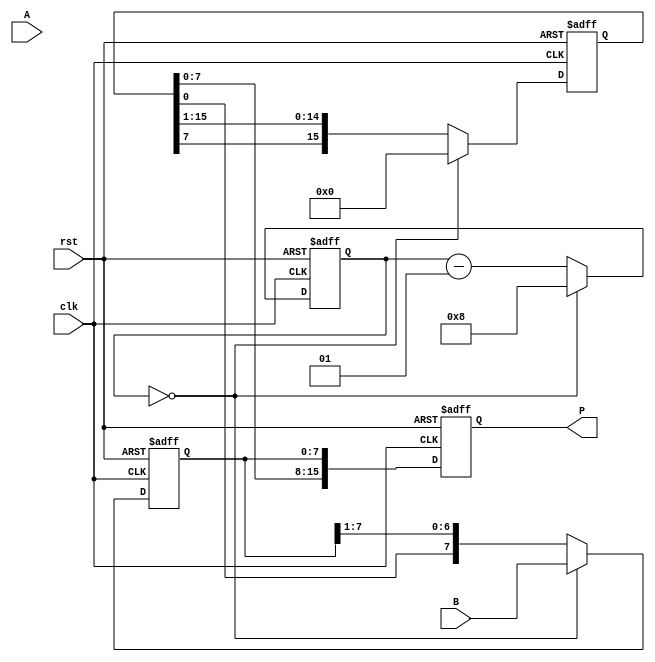
module booth_multiplier #(parameter WIDTH = 8) (
    input signed [WIDTH-1:0] A,  // Multiplicand
    input signed [WIDTH-1:0] B,  // Multiplier
    output reg signed [(2*WIDTH)-1:0] P, // Product
    input clk,
    input rst
);

    reg signed [WIDTH-1:0] M;          // Register for multiplicand
    reg signed [WIDTH-1:0] Q;          // Register for multiplier
    reg signed [(2*WIDTH)-1:0] P_temp; // Product register
    reg Q_1;                            // Previous bit of multiplier
    integer count;                     // Bit count

    always @(posedge clk or posedge rst) begin
        if (rst) begin
            // Reset all registers
            M <= 0;
            Q <= 0;
            P_temp <= 0;
            Q_1 <= 0;
            P <= 0;
            count <= 0;
        end else begin
            if (count == 0) begin
                // Initialize registers at the start of the multiplication
                M <= A;
                Q <= B;
                P_temp <= 0;
                Q_1 <= 0;
                count <= WIDTH; // Set count to the number of bits
            end else begin
                // Perform Booth's algorithm
                case ({Q[0], Q_1})
                    2'b00: begin
                        // No action, perform arithmetic right shift
                    end
                    2'b01: begin
                        // Add M to P_temp
                        P_temp <= P_temp + M;
                    end
                    2'b10: begin
                        // Subtract M from P_temp
                        P_temp <= P_temp - M;
                    end
                    2'b11: begin
                        // No action, perform arithmetic right shift
                    end
                endcase

                // Perform arithmetic right shift
                {P_temp, Q} <= {P_temp[WIDTH-1], P_temp, Q} >> 1;
                Q_1 <= Q[0]; // Update Q-1

                // Decrement the count
                count <= count - 1;
            end

            // Update the final product
            P <= {P_temp, Q};
        end
    end
endmodule